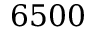
6 5 0 0